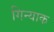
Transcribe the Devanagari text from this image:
गिन्याक